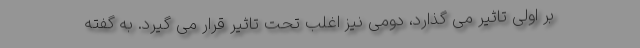
بر اولی تاثیر می گذارد، دومی نیز اغلب تحت تاثیر قرار می گیرد. به گفته